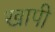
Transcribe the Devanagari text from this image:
खापी